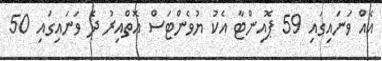
އެއް ވަނައިގައި 59 ޕޮއިންޓާ އެކު ޔުވެންޓަސް އޮތްއިރު ދެ ވަނައިގައި 50